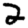
Digit: 2